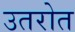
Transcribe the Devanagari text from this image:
उतरोत